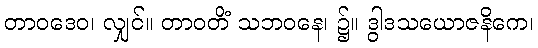
တာဝဒေဝ၊ လျှင်။ တာဝတိံ သဘဝနေ၊ ၌။ ဒွါဒသယောဇနိကေ၊